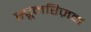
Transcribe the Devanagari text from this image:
स्पूनरिज़म